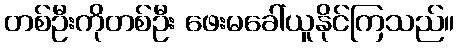
တစ်ဦးကိုတစ်ဦး ဖေးမခေါ်ယူနိုင်ကြသည်။